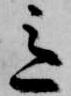
意